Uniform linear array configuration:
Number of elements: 24
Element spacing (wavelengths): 0.25
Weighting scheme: kaiser
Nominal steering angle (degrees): -45
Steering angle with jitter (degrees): -44.53
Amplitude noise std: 0.05
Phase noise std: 0.05

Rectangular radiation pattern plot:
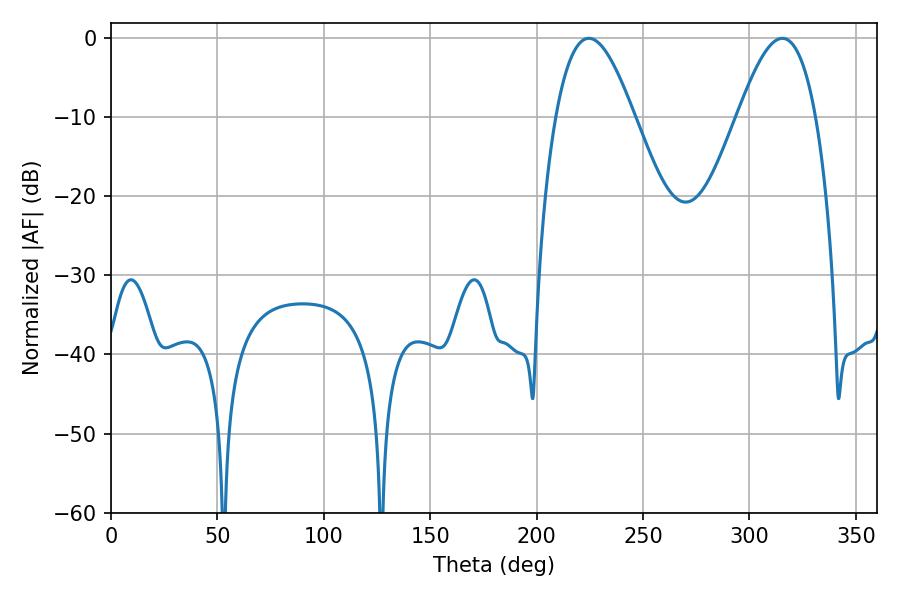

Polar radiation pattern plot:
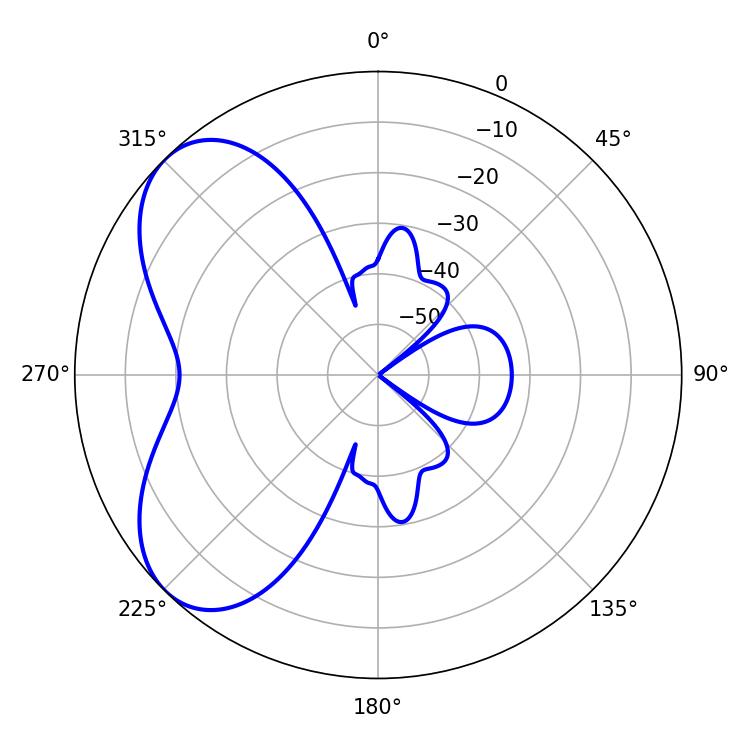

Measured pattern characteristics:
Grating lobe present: FALSE
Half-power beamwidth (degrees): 19.98
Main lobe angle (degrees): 224.46